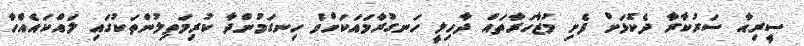
ސީރިއާ ސަރުކާރާ ދެކޮޅަށް ފެށި މުޒާހަރާތައް ދާހިލީ ހަނގުރާމައަކަށްވެ ހިނގަމުންދާ ކުރިމަތިލުންތަކުގައި ލައްކައެއްހާ